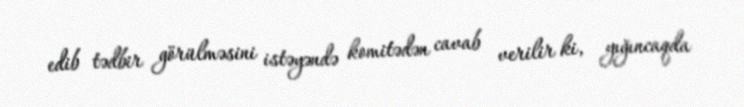
edib tədbir görülməsini istəyəndə komitədən cavab verilir ki, yığıncaqda